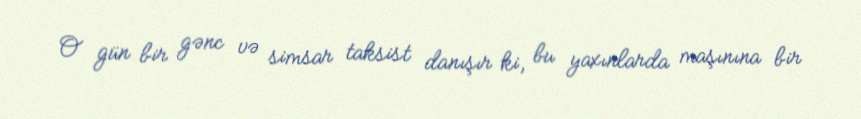
O gün bir gənc və simsar taksist danışır ki, bu yaxınlarda maşınına bir